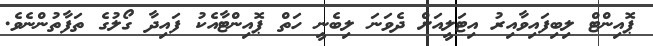
ޕޮއިންޓް ލިބިފައިވާއިރު އިޓަލީއަށް ދެވަނަ ލިބެނީ ހަތް ޕޮއިންޓާއެކު ފައިދާ ގޯލުގެ ތަފާތުންނެވެ.